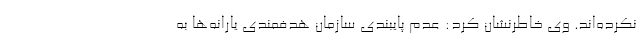
نکرده‌اند. وی خاطرنشان کرد: عدم پایبندی سازمان هدفمندی یارانه‌ها به